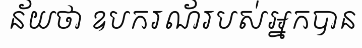
ន័យថា ឧបករណ័របស់អ្នកបាន